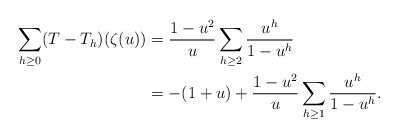
\begin{align*} \sum_{h\ge 0}(T-T_h)(\zeta(u)) &= \frac{1-u^2}{u}\sum_{h\ge 2}\frac{u^h}{1-u^h}\\ &=-(1+u) + \frac{1-u^2}{u}\sum_{h\ge 1}\frac{u^h}{1-u^h}. \end{align*}